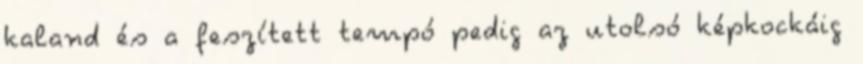
kaland és a feszített tempó pedig az utolsó képkockáig